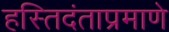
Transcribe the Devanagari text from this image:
हस्तिदंताप्रमाणे